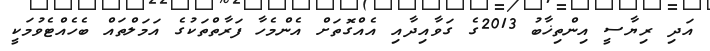
އަދި ރިޔާސީ އިންތިޚާބު 2013ގެ ގަވާއިދާއި އެއްގޮތަށް އެންމެހާ ފަރާތްތަކުގެ އަމަލްތައް ބެހެއްޓެވުމަކީ